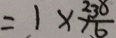
= 1 \times \frac { 2 3 8 } { 1 6 }